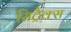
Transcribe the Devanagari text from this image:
सिट्रैक्स